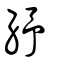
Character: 紓